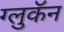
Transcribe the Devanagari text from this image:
ग्लुकॅन